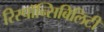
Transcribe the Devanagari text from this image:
रिस्पॉन्सिबिलिटी